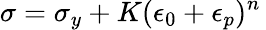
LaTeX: \sigma=\sigma_{y}+K(\epsilon_{0}+\epsilon_{p})^{n}\,